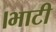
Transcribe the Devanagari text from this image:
।भाटी